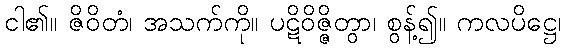
ငါ၏။ ဇိဝိတံ၊ အသက်ကို။ ပဋိဝိဇ္ဇိတွာ၊ စွန့်၍။ ကလပိဋ္ဌေ၊